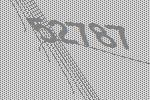
52787